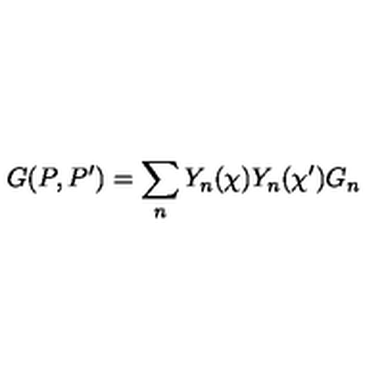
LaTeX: G ( P , P ^ { \prime } ) = \sum _ { n } Y _ { n } ( \chi ) Y _ { n } ( \chi ^ { \prime } ) G _ { n }